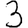
Digit: 3